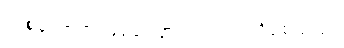
တစ်ယောက် ဖြစ်ကြောင်းလည်း သိစေသည်။